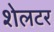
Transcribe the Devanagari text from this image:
शेलटर